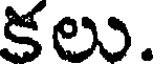
కలు.